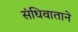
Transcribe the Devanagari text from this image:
संधिवाताने